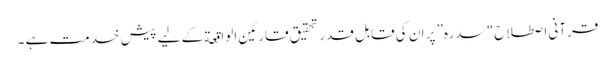
قرآنی اصطلاح "سدرہ” پر ان کی قابلِ قدر تحقیق قارئینِ الواقعة کے لیے پیشِ خدمت ہے ۔